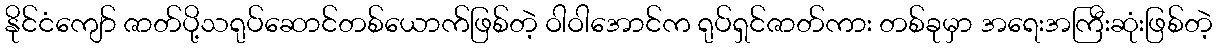
နိုင်ငံကျော် ဇာတ်ပို့သရုပ်ဆောင်တစ်ယောက်ဖြစ်တဲ့ ဝါဝါအောင်က ရုပ်ရှင်ဇာတ်ကား တစ်ခုမှာ အရေးအကြီးဆုံးဖြစ်တဲ့